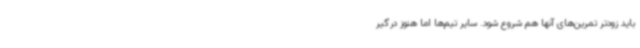
باید زودتر تمرین‌های آنها هم شروع شود. سایر تیم‌ها اما هنوز درگیر